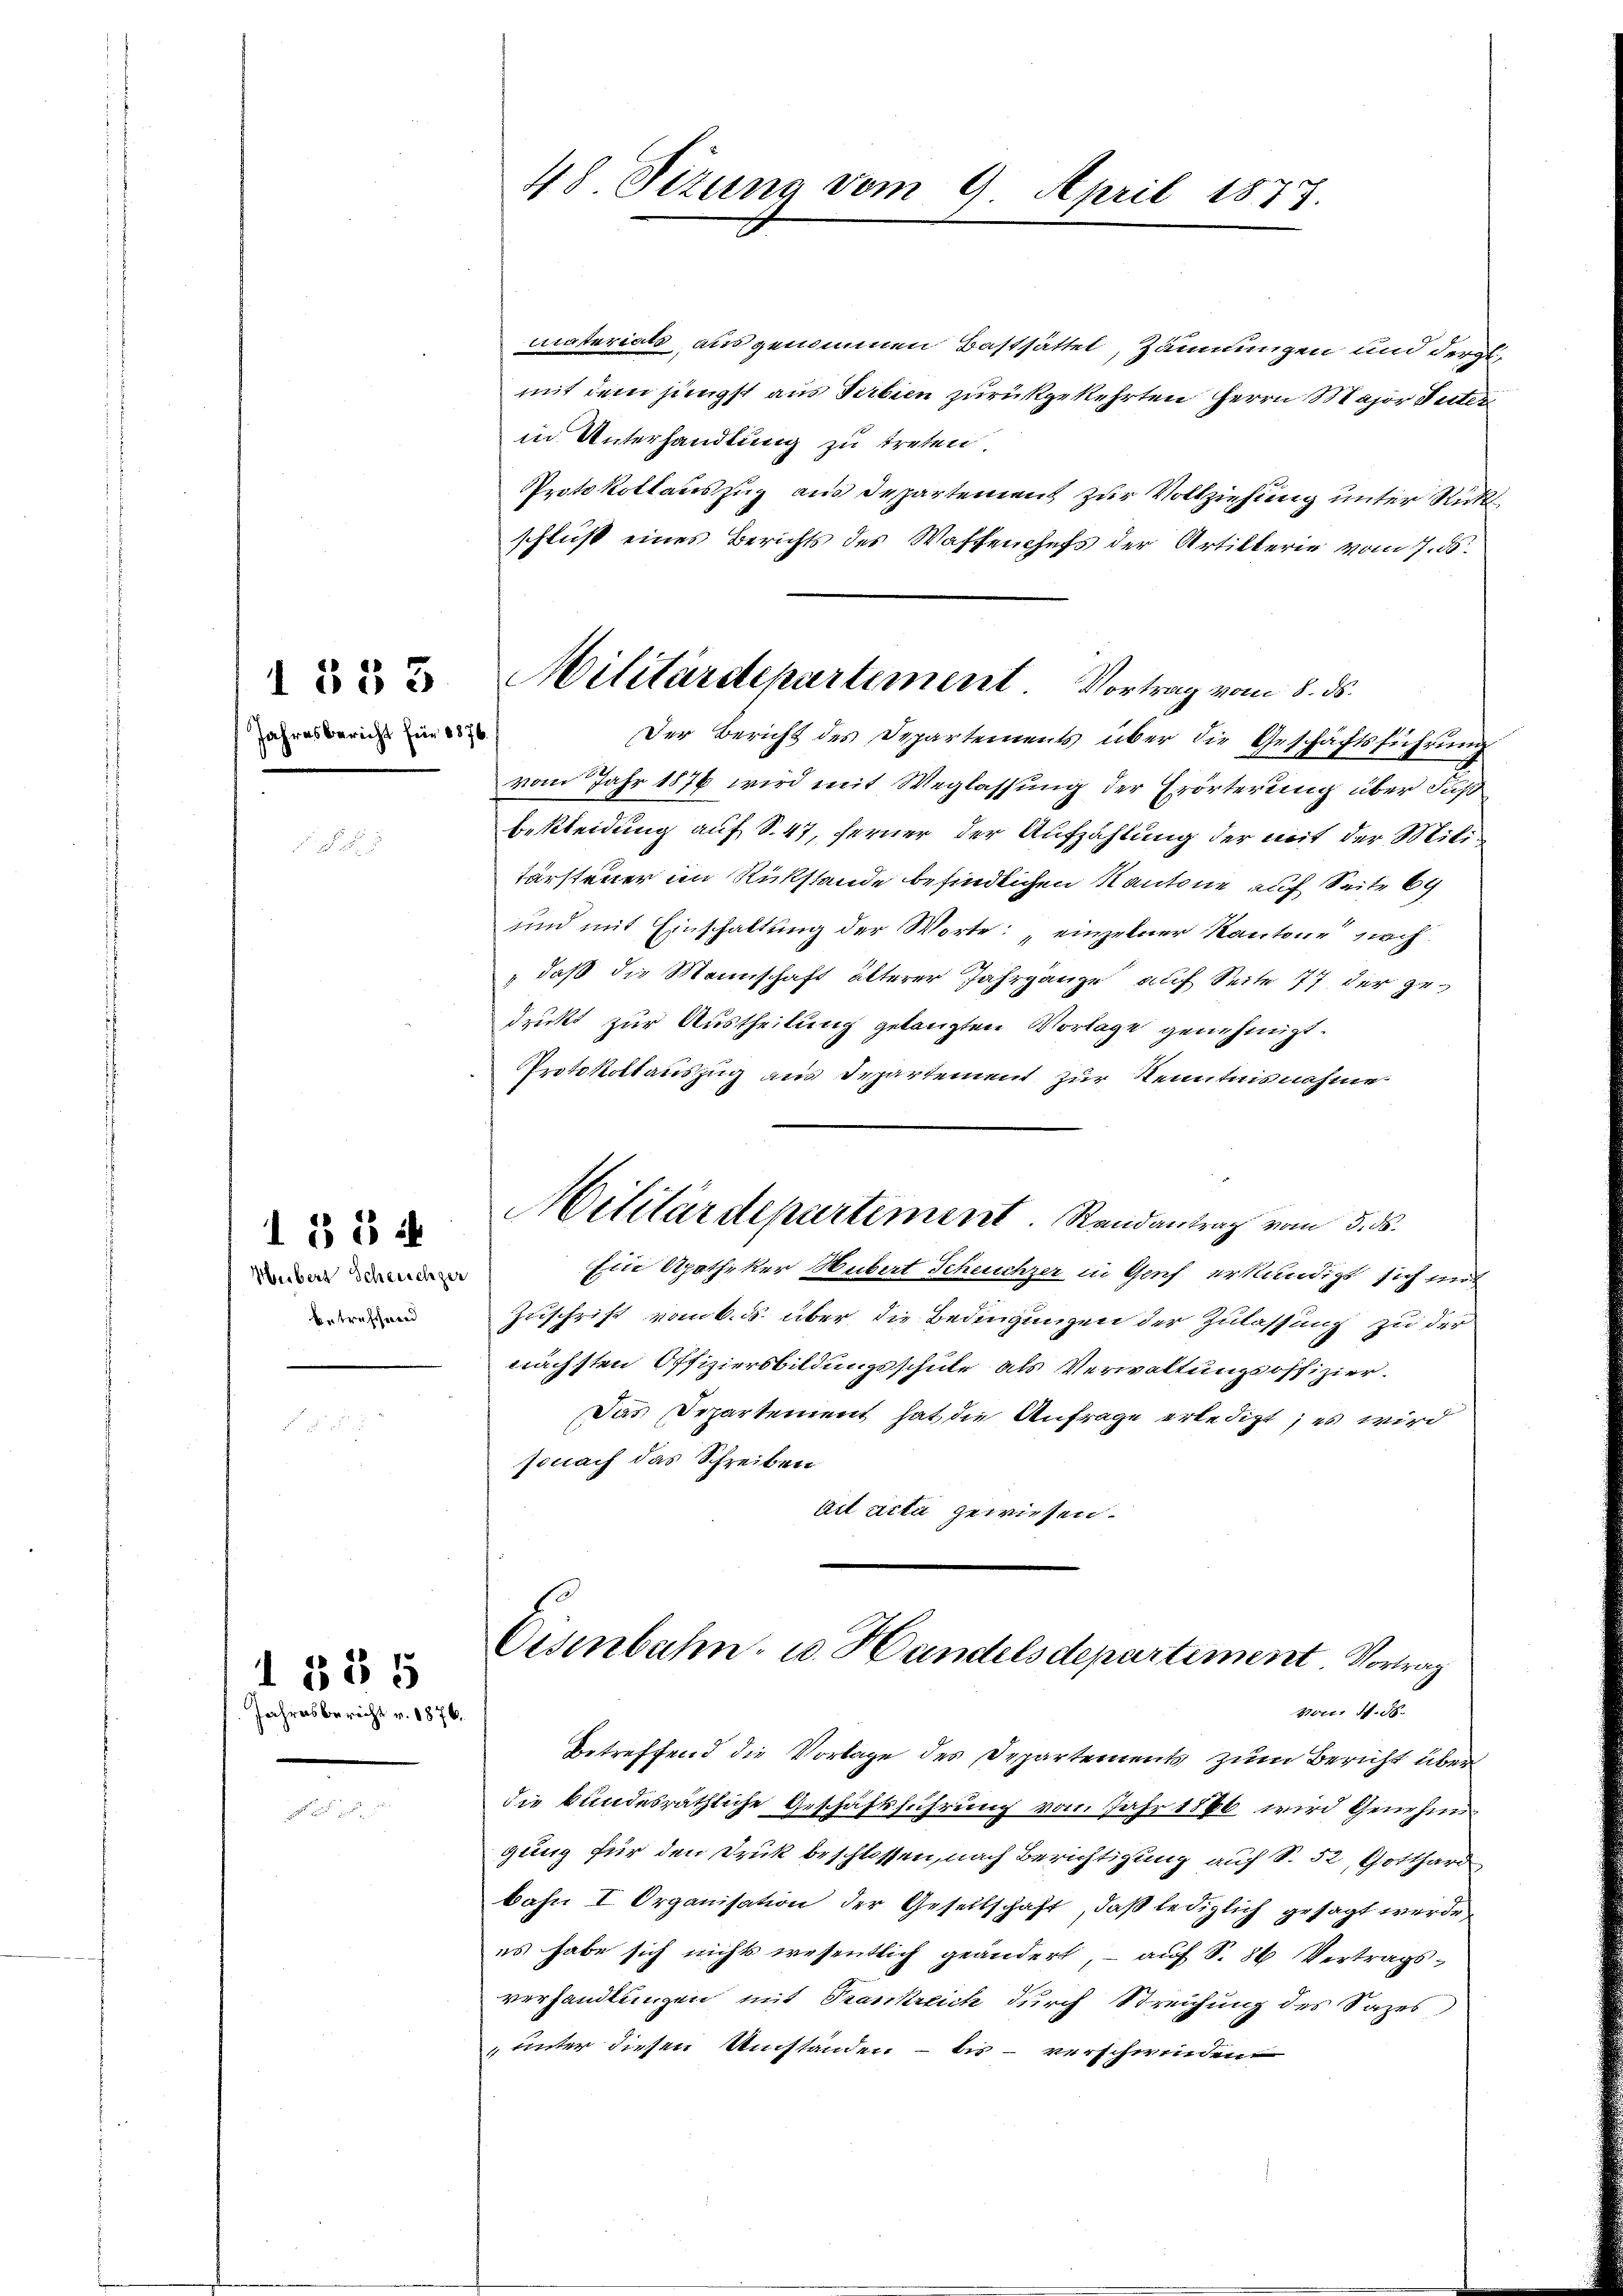
Jahresbericht für 1876

1853

Heibers Schreichzer
betreffend

1354

Jahresbericht v. 1876.

1885

48 Sizung vom 9. April 1873.

Militärdepartement. Vortrag vom 8. ds.

materials ausgenommen Basthättel, Zäunungen und der
mit dem jüngst aus Serbien zurückgekehrten Herrn Major Suter
in Unterhandlung zu treten
Protokollauszug aus Departement zur Vollziehung unter Rick
schluß eines Berichts des Waffenchefs der Artillerie vom 7. d.
Der Bericht des Departements über die Geschäftsführung
vom Jahr 1876 wird mit Weglassung der Erörterung über Fuß
bekleidung auf S. 47, ferner der Aufzählung der mit der Mili¬
Färsteuer im Rückstände befindlichen Kantone auf Seite 69
und mit Einschaltung der Worte: einzelner Kantone nach
" daß die Mannschaft älterer Jahrganze auf Seite 77 der gedruckt zur Austheilung gelangten Vorlage genehmigt.
Protokollauszug aus Departement zur Kenntnisnahme
Ein Apotheker Hubert Scheuchzer in Genf erkundigt sich mit
Zuschrift vom 6. ds. über die Bedingungen der Zulassung zu der
nächsten Offiziersbildungsschule als Verwaltungsoffizier.
Das Departement hat die Anfrage erledigt; es wird
sonach das Schreiben
Ait acta gewiesen.
Eisenbahn- u. Handelsdepartiment Vortrag
Vater 4. St.
Betreffend die Vorlage des Departements zum Bericht über
die bundesräthliche Geschäftsführung vom Jahr 1886 wird Genehm
gung für den Druk beschlossen, nach Berichtigung auf S. 52, Gotthard
bahn I Organisation der Gesellschaft, daß lediglich gesagt werde,
es habe sich nichts wesentlich geändert auf S. 86 Vertrags-
verhandlungen mit Trankreich durch Streichung des Sazes,
unter diesen Umstanden - bis verschwinden

Militärdepartiment. Randantrag vom 3. ds.